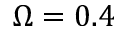
\Omega = 0 . 4